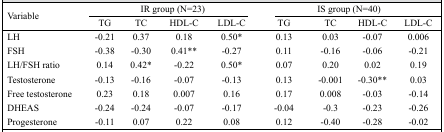
<table><thead><tr><td rowspan="2"><b>Variable</b></td><td colspan="4"><b>IR group (N=23)</b></td><td colspan="4"><b>IS group (N=40)</b></td></tr><tr><td><b>TG</b></td><td><b>TC</b></td><td><b>HDL-C</b></td><td><b>LDL-C</b></td><td><b>TG</b></td><td><b>TC</b></td><td><b>HDL-C</b></td><td><b>LDL-C</b></td></tr></thead><tbody><tr><td>LH</td><td>-0.21</td><td>0.37</td><td>0.18</td><td>0.50*</td><td>0.13</td><td>0.03</td><td>-0.07</td><td>0.006</td></tr><tr><td>FSH</td><td>-0.38</td><td>-0.30</td><td>0.41**</td><td>-0.27</td><td>0.11</td><td>-0.16</td><td>-0.06</td><td>-0.21</td></tr><tr><td>LH/FSH ratio</td><td>0.14</td><td>0.42*</td><td>-0.22</td><td>0.50*</td><td>0.07</td><td>0.20</td><td>0.02</td><td>0.19</td></tr><tr><td>Testosterone</td><td>-0.13</td><td>-0.16</td><td>-0.07</td><td>-0.13</td><td>0.13</td><td>-0.001</td><td>-0.30**</td><td>0.03</td></tr><tr><td>Free testosterone</td><td>0.23</td><td>0.18</td><td>0.007</td><td>0.16</td><td>0.17</td><td>0.008</td><td>-0.03</td><td>-0.14</td></tr><tr><td>DHEAS</td><td>-0.24</td><td>-0.24</td><td>-0.07</td><td>-0.17</td><td>-0.04</td><td>-0.3</td><td>-0.23</td><td>-0.26</td></tr><tr><td>Progesterone</td><td>-0.11</td><td>0.07</td><td>0.22</td><td>0.08</td><td>0.12</td><td>-0.40</td><td>-0.28</td><td>-0.02</td></tr></tbody></table>